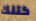
كتلك